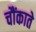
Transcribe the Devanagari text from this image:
चौंकाते